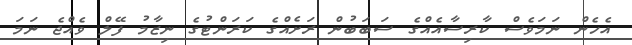
އެހެން ނަމަވެސް ކާރިސާއެއްގެ ސަބަބުން ރަށެއްގެ ކަރަންޓުގެ ނިޒާމު ފޭލް ވެއްޖެ ނަމަ